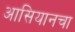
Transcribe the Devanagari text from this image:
आसियानचा